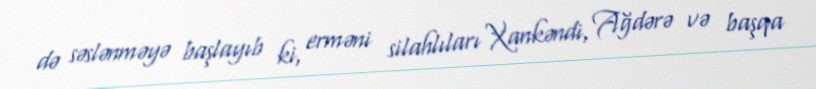
də səslənməyə başlayıb ki, erməni silahlıları Xankəndi, Ağdərə və başqa